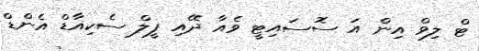
ޓް ލިވް އިން އަ ސޮސައިޓީ ވެއާ ދޭއި ފީލް ސެކިއާޑް އެންޑް